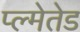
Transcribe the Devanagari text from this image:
प्ल्मेतेड